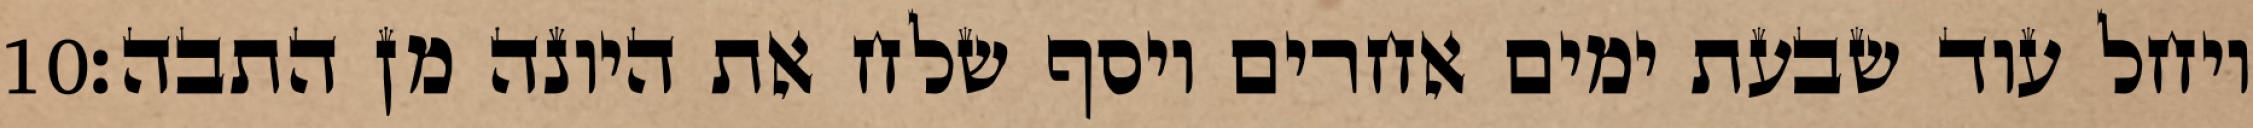
‎10‏ ויחל עוד שבעת ימים אחרים ויסף שלח את היונה מן התבה׃